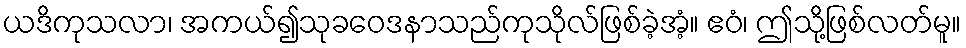
ယဒိကုသလာ၊ အကယ်၍သုခဝေဒနာသည်ကုသိုလ်ဖြစ်ခဲ့အံ့။ ဧဝံ၊ ဤသို့ဖြစ်လတ်မူ။